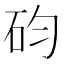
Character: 𥐩